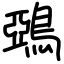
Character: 鵶